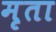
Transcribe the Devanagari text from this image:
मृता